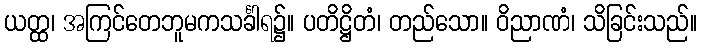
ယတ္ထ၊ အကြင်တေဘူမကသင်္ခါရ၌။ ပတိဋ္ဌိတံ၊ တည်သော။ ဝိညာဏံ၊ သိခြင်းသည်။